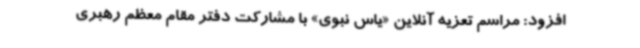
افزود: مراسم تعزیه آنلاین «یاس نبوی» با مشارکت دفتر مقام معظم رهبری